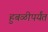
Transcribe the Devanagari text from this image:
हुबळीपर्यंत